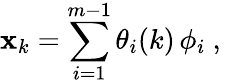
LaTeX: {\mathbf x}_{k}=\sum_{i=1}^{m-1}\theta_{i}(k)\, \phi_{i}\mathrm{~,~}